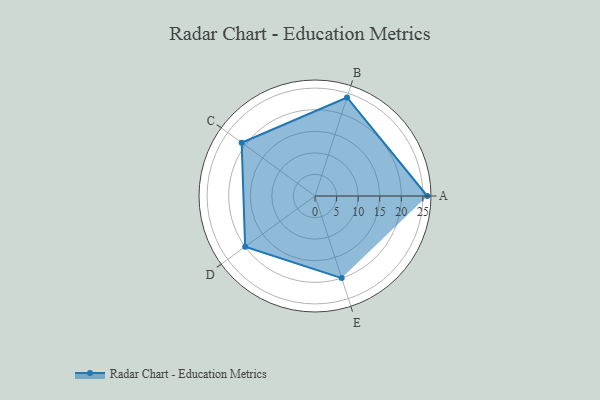
{"axis": {"x": "Skill", "y": "Score"}, "legend": ["Profile"], "data": [{"x": "A", "y": 26.0, "type": "Profile"}, {"x": "B", "y": 24.0, "type": "Profile"}, {"x": "C", "y": 21.0, "type": "Profile"}, {"x": "D", "y": 20, "type": "Profile"}, {"x": "E", "y": 20, "type": "Profile"}]}